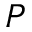
P